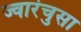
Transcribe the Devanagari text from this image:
ज्वारंचुसा